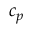
c _ { p }